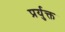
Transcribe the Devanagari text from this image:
प्रर्युक्त